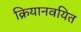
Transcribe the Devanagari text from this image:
क्रियानवयित